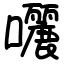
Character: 囇